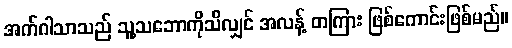
အက်ဂါသာသည် သူ့သဘောကိုသိလျှင် အလန့် တကြား ဖြစ်ကောင်းဖြစ်မည်။